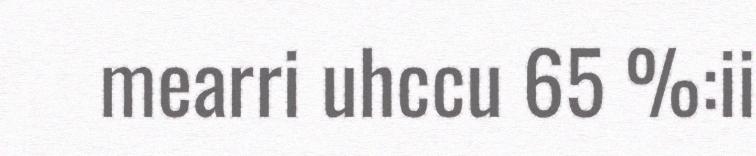
mearri uhccu 65 %:ii